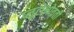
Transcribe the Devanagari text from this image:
प्लूटोभोवती